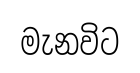
මැනවිට